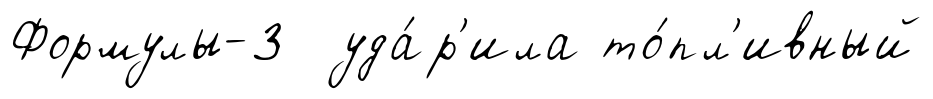
Формулы-3 уда́р'ила то́пл'ивный